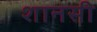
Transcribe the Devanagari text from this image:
शानसी